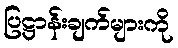
ပြဋ္ဌာန်းချက်များကို